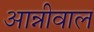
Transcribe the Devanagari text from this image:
आन्नीवाल